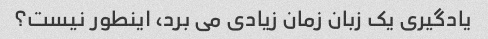
یادگیری یک زبان زمان زیادی می برد، اینطور نیست؟